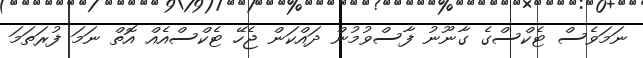
ނަމަވެސް ޓެކްސްގެ ގާނޫނު ފާސްވުމުން ދައްކަން ޖެހޭ ޓެކްސްއެއް އޮތް ނަމަ ފުރަތަމަ